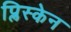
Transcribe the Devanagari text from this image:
प्लिस्केन